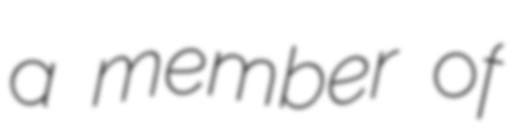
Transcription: a member of